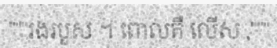
"""រងរបួស ។ ពោលគឺ លើស ,"""